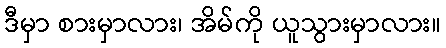
ဒီမှာ စားမှာလား၊ အိမ်ကို ယူသွားမှာလား။